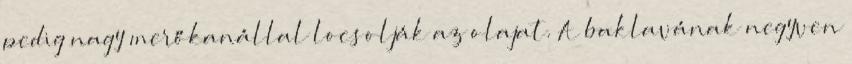
pedig nagy merőkanállal locsolják az olajat. A baklavának negyven